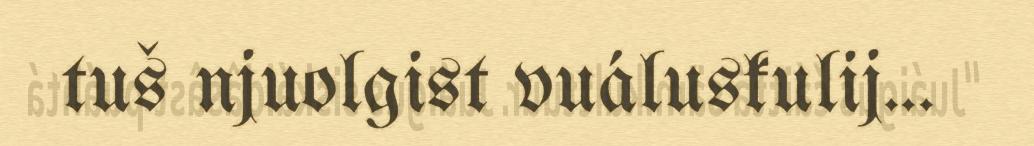
tuš njuolgist vuáluskulij...